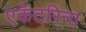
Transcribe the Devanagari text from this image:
एकॅटरिना